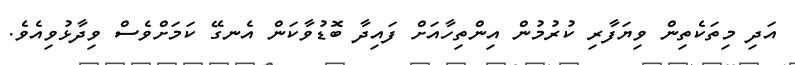
އަދި މިތަކެތިން ވިޔަފާރި ކުރުމުން އިންތިހާއަށް ފައިދާ ބޮޑުވާކަަން އެނގޭ ކަމަށްވެސް ވިދާޅުވިއެވެ.